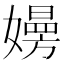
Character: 𡢚